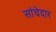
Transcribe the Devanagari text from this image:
सांचेदार